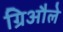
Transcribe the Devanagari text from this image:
ग्रिऔले